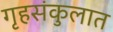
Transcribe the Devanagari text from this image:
गृहसंकुलात